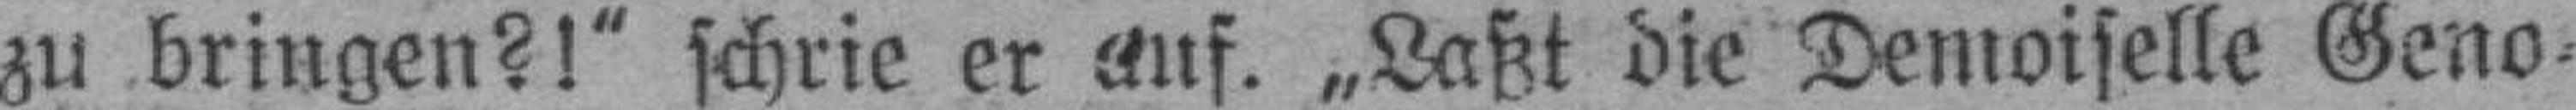
zu bringen?!“ schrie er auf. „Laßt die Demoiselle Geno¬